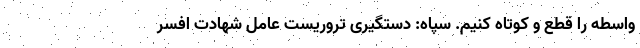
واسطه را قطع و کوتاه کنیم. سپاه: دستگیری تروریست عامل شهادت افسر